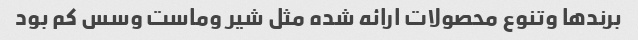
برندها وتنوع محصولات ارائه شده مثل شیر وماست وسس کم بود